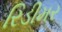
રિડીમર